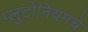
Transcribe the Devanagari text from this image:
प्लुटोनियमचे